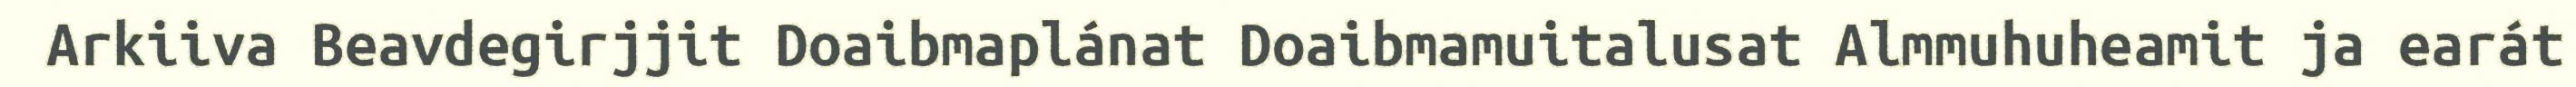
Arkiiva Beavdegirjjit Doaibmaplánat Doaibmamuitalusat Almmuhuheamit ja earát